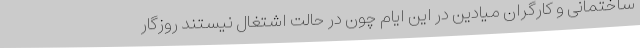
ساختمانی و کارگران میادین در این ایام چون در حالت اشتغال نیستند روزگار